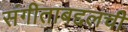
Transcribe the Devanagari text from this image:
संगीताबद्दलची